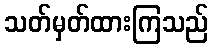
သတ်မှတ်ထားကြသည်